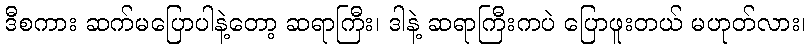
ဒီစကား ဆက်မပြောပါနဲ့တော့ ဆရာကြီး၊ ဒါနဲ့ ဆရာကြီးကပဲ ပြောဖူးတယ် မဟုတ်လား၊